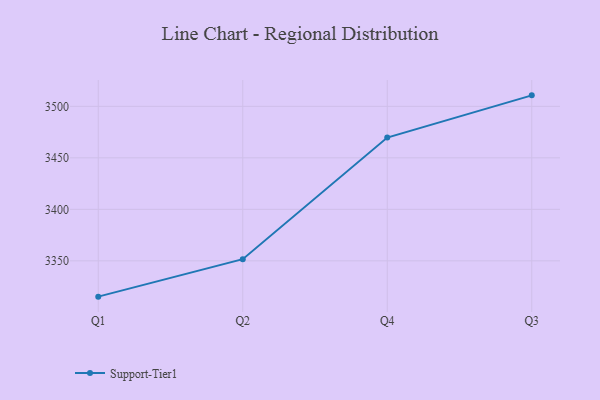
{"axis": {"x": "Quarter", "y": "Energy Usage (MWh)"}, "legend": ["Support-Tier1"], "data": [{"x": "Q1", "y": 3315.2, "type": "Support-Tier1"}, {"x": "Q2", "y": 3351.6, "type": "Support-Tier1"}, {"x": "Q4", "y": 3469.7, "type": "Support-Tier1"}, {"x": "Q3", "y": 3510.7, "type": "Support-Tier1"}]}